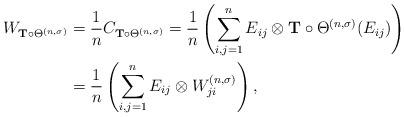
LaTeX: \begin{align*}W_{\boldsymbol{\mathrm{T}}\circ\Theta^{(n,\sigma)}}&=\frac{1}{n} C_{\boldsymbol{\mathrm{T}}\circ\Theta^{(n,\sigma)}}=\frac{1}{n} \left( \sum_{i,j=1}^{n} E_{ij}\otimes \boldsymbol{\mathrm{T}}\circ\Theta^{(n,\sigma)}(E_{ij})\right)\\&=\frac{1}{n} \left( \sum_{i,j=1}^{n} E_{ij}\otimes W_{ji}^{(n,\sigma)}\right),\end{align*}